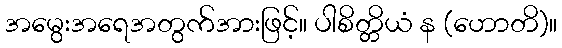
အမွေးအရေအတွက်အားဖြင့်။ ပါစိတ္တိယံ န (ဟောတိ)။